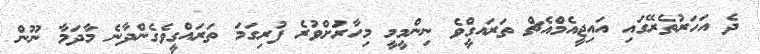
ދެ އަހަރުތެރޭގައި އައިޖީއެމްއެޗް ތަރައގްީވެ ނިންމީމީ މިހާރުަށްވުރެ ފުރިގަމަ ތަރައްގީވެގެންދާނެ މާދަމާ ނޫން